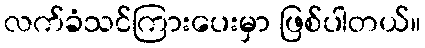
လက်ခံသင်ကြားပေးမှာ ဖြစ်ပါတယ်။